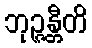
ဘုဉ္ဇန္တီတိ